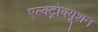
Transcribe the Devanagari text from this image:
एल्क्ट्रोक्यूशन